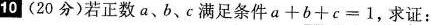
10(20分)若正数a、b、c满足条件$$a + b + c = 1$$，求证：